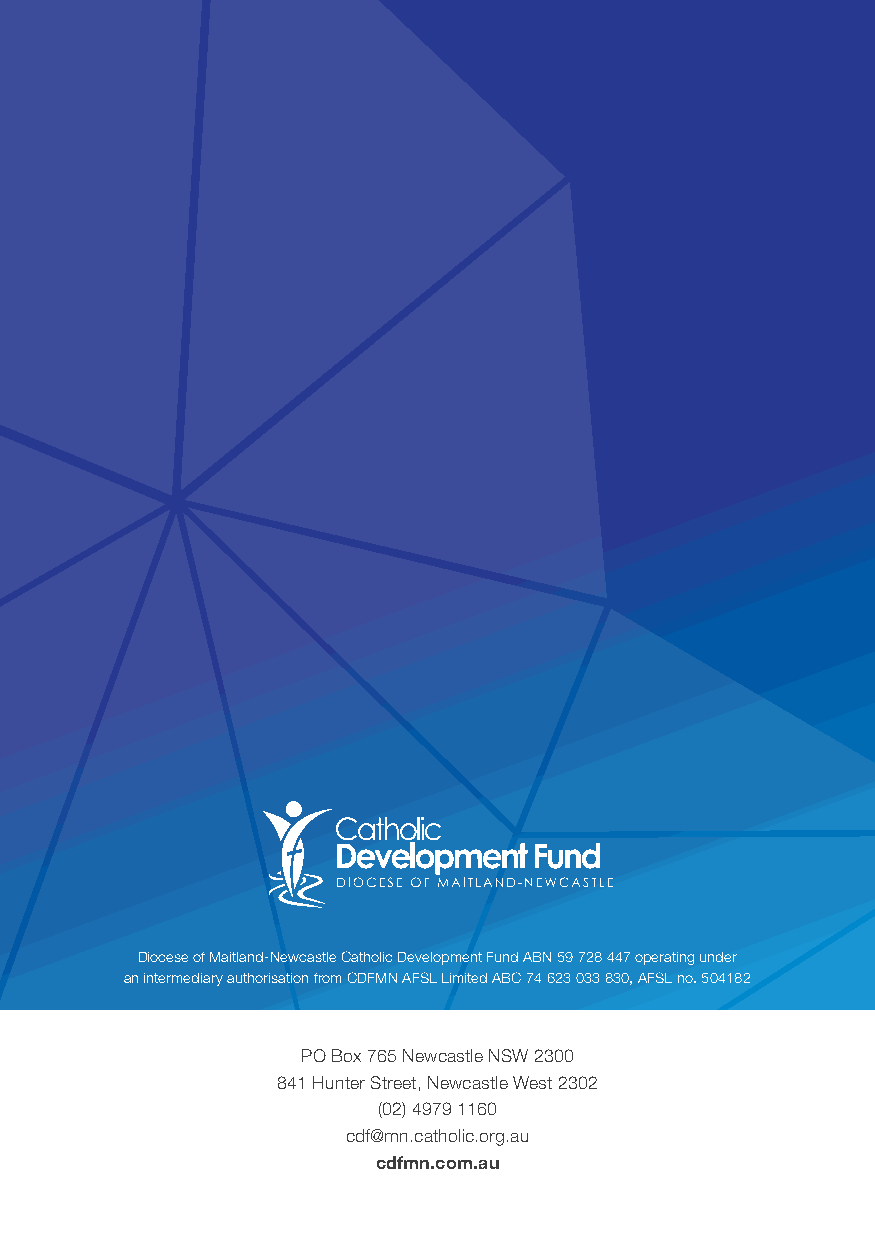
Diocese of Maitland-Newcastle Catholic Development Fund ABN 59 728 447 operating under
 an intermediary authorisation from CDFMN AFSL Limited ABC 74 623 033 830, AFSL no. 504182
 PO Box 765 Newcastle NSW 2300
 841 Hunter Street, Newcastle West 2302
 (02) 4979 1160
 cdf@mn.catholic.org.au
 cdfmn.com.au